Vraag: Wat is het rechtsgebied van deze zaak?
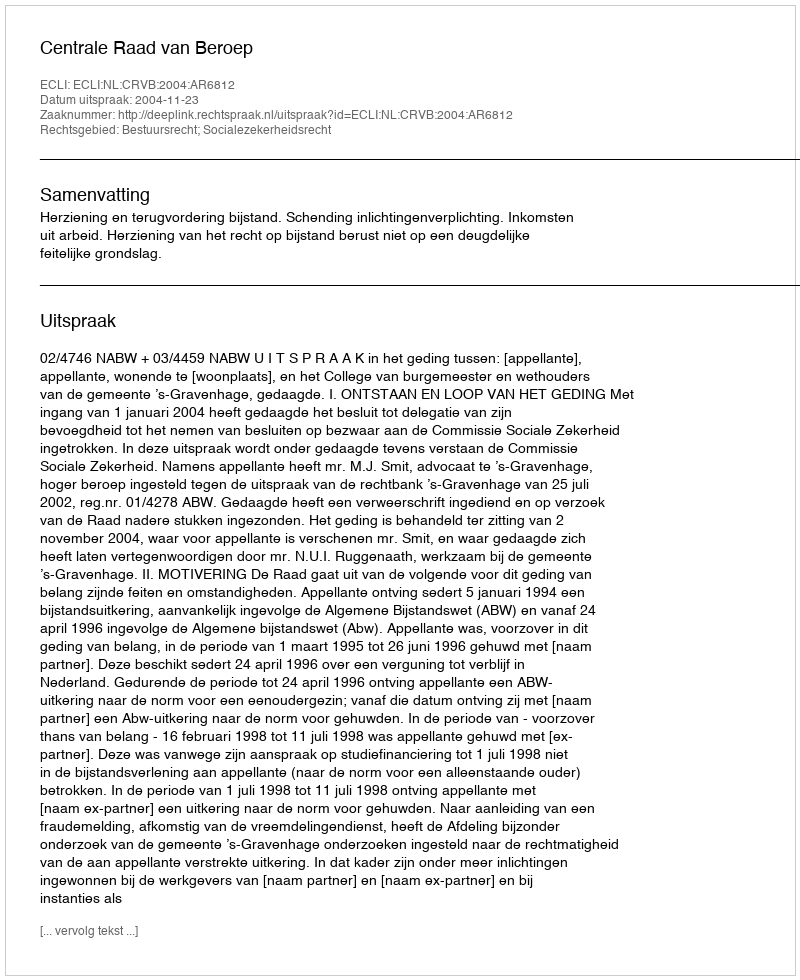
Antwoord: Bestuursrecht; Socialezekerheidsrecht